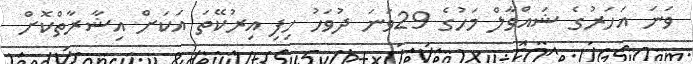
ވަނަ އަހަރުގެ ޝައްވާލް މަހުގެ 29ވަނަ ދުވަހު ހިފި އިރުކޭތަ އަކަށް އިޝާރާތްކޮށް